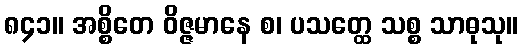
၈၄၁။ အစ္စိတေ ဝိဇ္ဇမာနေ စ၊ ပသတ္ထေ သစ္စ သာဓုသု။